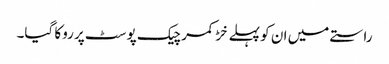
راستے میں ان کو پہلے خڑ کمر چیک پوسٹ پر روکا گیا۔